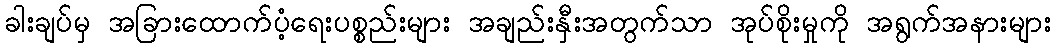
ခါးချပ်မှ အခြားထောက်ပံ့ရေးပစ္စည်းများ အချည်းနှီးအတွက်သာ အုပ်စိုးမှုကို အရွက်အနားများ